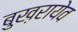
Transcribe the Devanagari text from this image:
बुख़रायेव